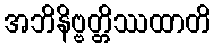
အဘိနိဗ္ဗတ္တိဿထာတိ